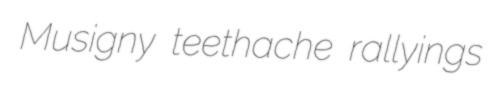
Musigny teethache rallyings